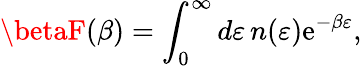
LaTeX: \betaF(\beta)=\int_{0}^{\infty}d\varepsilon\, n(\varepsilon)\mathrm{e}^{-\beta\varepsilon},